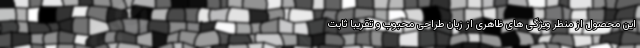
این محصول از منظر ویژگی های ظاهری از زبان طراحی محبوب و تقریبا ثابت